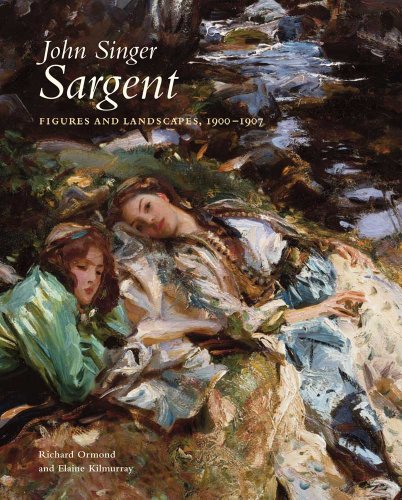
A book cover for John Singer Sargent: Figures and Landscapes, 1900-1907: The Complete Paintings, Volume VII (The Paul Mellon Centre for Studies in British Art); Richard Ormond; Arts & Photography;